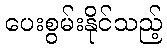
ပေးစွမ်းနိုင်သည့်